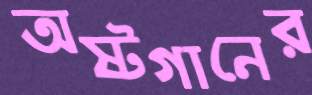
অষ্টগানের